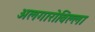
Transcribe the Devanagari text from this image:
अलगारोविल्ला